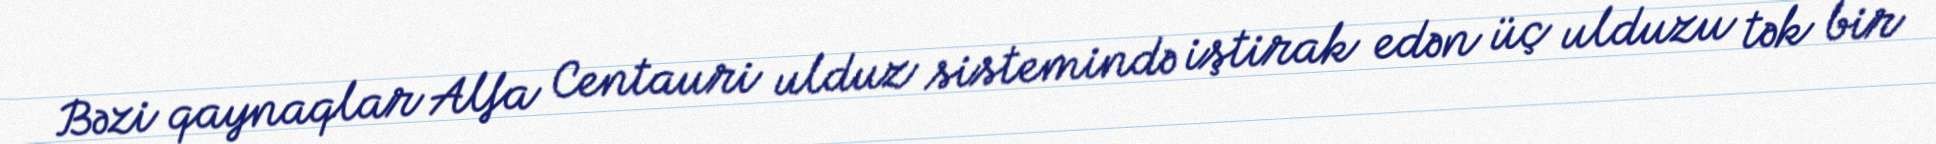
Bəzi qaynaqlar Alfa Centauri ulduz sistemində iştirak edən üç ulduzu tək bir